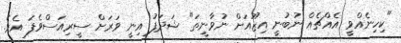
"ކިހިނެއްވީ އެއްޗެއް ނުބުނީ އިޒޫއަށް ނުވާނީތަ" ޝަދަފު އިނީ ވަރަށް ސީރިއަސްވެފަ އެވެ.